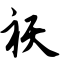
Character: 祆